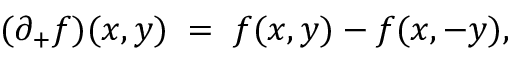
( \partial _ { + } f ) ( x , y ) \; = \; f ( x , y ) - f ( x , - y ) ,